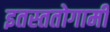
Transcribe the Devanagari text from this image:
इतस्ततोगामी